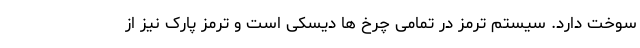
سوخت دارد. سیستم ترمز در تمامی چرخ ها دیسکی است و ترمز پارک نیز از